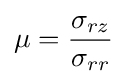
\mu ={\frac {\sigma _{rz}}{\sigma _{rr}}}